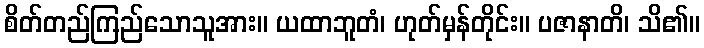
စိတ်တည်ကြည်သောသူအား။ ယထာဘူတံ၊ ဟုတ်မှန်တိုင်း။ ပဇာနာတိ၊ သိ၏။